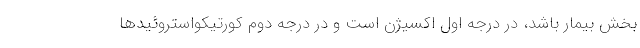
بخش بیمار باشد، در درجه اول اکسیژن است و در درجه دوم کورتیکواستروئیدها